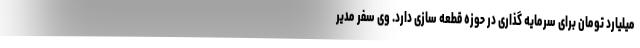
میلیارد تومان برای سرمایه گذاری در حوزه قطعه سازی دارد. وی سفر مدیر